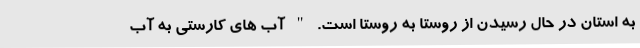
به استان در حال رسیدن از روستا به روستا است. " آب های کارستی به آب